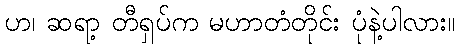
ဟ၊ ဆရာ့ တီရှပ်က မဟာတံတိုင်း ပုံနဲ့ပါလား။